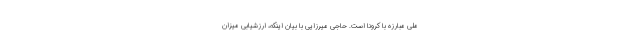
ملی مبارزه با کرونا است. حاجی میرزایی با بیان اینکه، ارزشیابی میزان